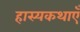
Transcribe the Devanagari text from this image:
हास्यकथाएँ